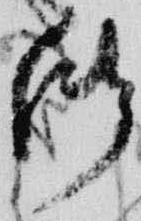
御